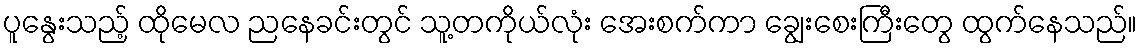
ပူနွေးသည့် ထိုမေလ ညနေခင်းတွင် သူ့တကိုယ်လုံး အေးစက်ကာ ချွေးစေးကြီးတွေ ထွက်နေသည်။